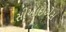
સીઆઇએસ